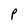
Character: P